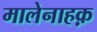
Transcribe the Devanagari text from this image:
मालेनाहक़